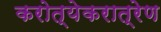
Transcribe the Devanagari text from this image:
करोत्येकरात्रेण